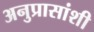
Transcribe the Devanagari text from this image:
अनुप्रासांशी